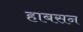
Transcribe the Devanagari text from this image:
हाबसन